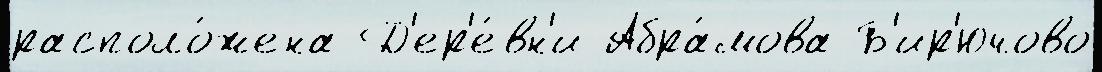
располо́жена Д'ер'е́вн'и Абра́мова Б'ир'ючово